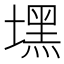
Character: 𱗻